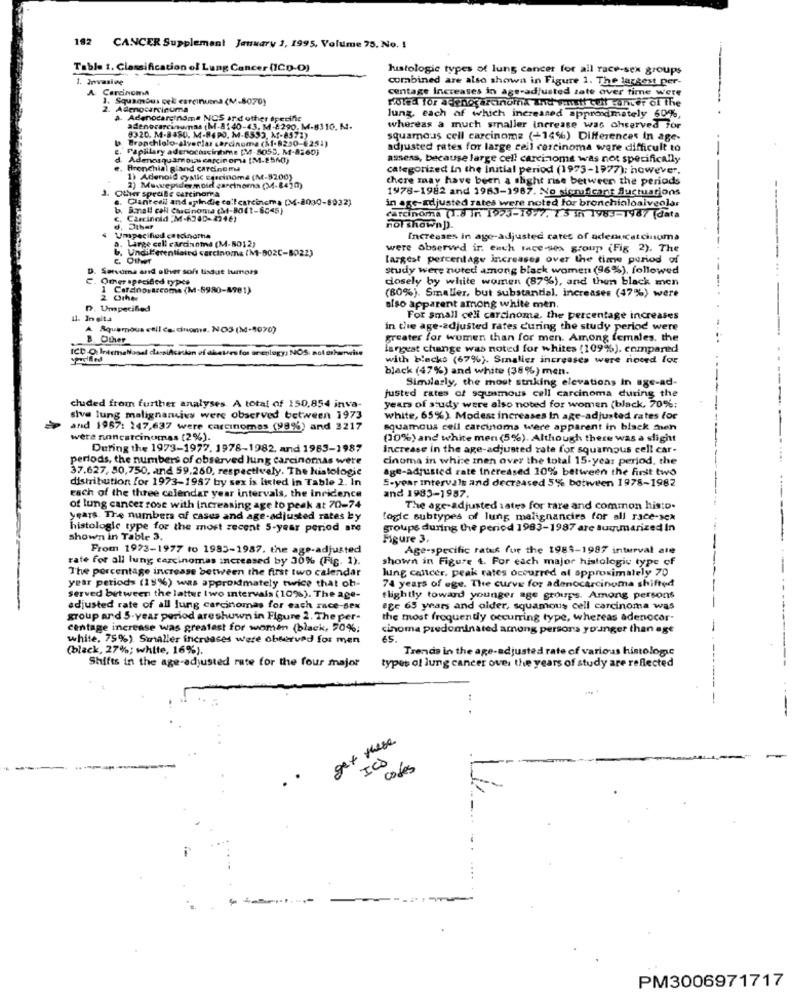
192 CANCER Supplement January 2, 1995, Volume 75, No. 1
Table 1. Classification of Lung Cancer (1CD-D)
histologic types of lung cancer for all race-sex groups
1. Invasive
combined are also shown in Figure 1. The largest per-
A Carcinoma
centage Increases in age-adjusted zate over time were
1. Squamous cel esreinuma (M-8070)
HUTEd for adenocarcinoma and with buff sunter of the
2. Adenocarcinuma
a. Adenocarcinoma NCS ard other specifie
lung, each of which increased approximately 60%,
adenocarcinumas (M-8140-43. M-£290. M-8310. M.
whereas a much smaller increase was ohserved for
Branchlolo-alyerias carcinoma (M-8250-€251)
8320. M-8480. M-86PO. M-6553, 1-8571)
squamous cell carcinoma (+14%) Differences In age-
Papillary adenocousinhme [MM-8050. M-8560)
adjusted rates for large cell carcinoma were difficult to
-
d Adenosquamous carcinora (M-2560)
assess, because large cell carcinoma was not specifically
Bronchial giand carcinoma
categorized In the Initial period (1973-1977); however,
1) Adenoid cystic carcinoma (M-5200)
there may have been a slight rise between the periods
J. Other spedite carcinoma
2) Muwepidermoid carcinoma (34-8420)
1978-1982 and 1983-1987. No sichuficant fluctuations
Clanteeil and upindie calcarcinema (M-2030-8032)
in age-adjusted rates were noted for bronchioloalveolar
Small cell Carcinoma (M-8011-6045)
C, Carcineld "M-6240-2246)
carcinoma (1.8 In 1925-1977. 7.5 in 1983-1987 (data
d, Other
not shown]).
$ Umspecified carcinoma
a. Large cell carcinoma (M-8012)
Increases in ago-adjusted cates of adenucatcinuma
.Undifferentiated carcinoma (M-802C-8022)
were observed in each race-sex group (Fig 2). The
largest percentage increases over the time period of
D. Setvarna and alher soft tissue tumors
study were noted among black women (96%), followed
C. Omer specified types
dosely by white women (87%), and then black men
1 Cardnosarcome (M-5980-8981)
2. Other
(80%). Smaller, but substantial. increases (47%) were
D. UmpeciBed
also apparent among white men.
11. In gita
For small cell carcinoma, the percentage increases
A Aquemnous csil cascinoms. NO3 (M-1070)
in the age-adjusted rates during the study period were
& Other
greater for women than for men. Among females. the
ICD -O, IntemaNaoal classification of dietes for anenlogy; NOS: not otherwise
largest change was noted for whites (109%), compared
with blacks (67%). Smaller increases were noord for
black (47%) and white (38%) men.
Similarly, the most striking elevations In age-ad-
justed rates of squamous cell carcinoma during the
cluded from further analyses. A total of 150,854 inva-
years of study were also noted for women (black, 70%;
siva lung malignancies were observed between 1973
white, 65%) Modest increases In age-adjusted rates for
and 1957: 147,637 were carcinomas (99%) and 3217
squamous cell carcinoma were apparent in black men
were noncarcinomas (2%).
(30%) and white men (5%). Although there was a slight
During the 1973-1977, 1978-1982, and 1963-1987
Increase in the age-adjusted rate for squamous cell car-
periods, the numbers of observed lung carcinomas were
cinoma in white men over the total 15-year period, the
37.627, 50,750, and 59,260, respectively. The histologie
age-adjusted rate increased 10% between the first two
distribution for 1973-1957 by sex is listed in Table 2. In
5-year intervals and decreased 5% between 1978-1982
each of the three calendar year intervals, the incidence
and 1983-1957.
of lung cancer rose with Increasing age to peak at 70-74
The age-adjusted rates for rare and common histo-
years. The numbers of cases and age-adjusted rates by
logic subtypes of lung malignancies for all race-sex
histologic type for the most recent 5-year period are
groups during the period 1983-1987 are summarized In
shown in Table 3,
Figure 3.
From 1973-1977 to 1985-1987. the age-adjusted
Age-specific rates for the 1988-1987 interval ate
rate for all lung carcinomas increased by 30% (Fig. 1).
shown in Figure 4. For each major histologic type of
The percentage increase between the first two calendar
lung cancer, peak rates occurred al approximately 70
74 years of age. The curve for adenocarcinoma shifted
year periods (15%) was approximately twice that oh-
served between the lattur Iwo intervals (10%). The age-
slightly toward younger age groups, Among persons
adjusted rate of all lung carcinomas for each race-sex
ege 65 years and older, squamous cell carcinoma was
group and 5-year period areshown in Figure 2. The per-
the most frequently occurring type, whereas adenocor-
centage increase was greatest for women (black, 50%;
cinoma predominated among persons younger than age
white, 75%). Smaller increases were observed for men
65.
(black, 27%; white, 16%).
Trends in the age-adjusted rate of various histologic
Shifts in the age-adjusted rate for the four major
types of lung cancer over the years of study are reflected
get these
ICS
codes
---
PM3006971717